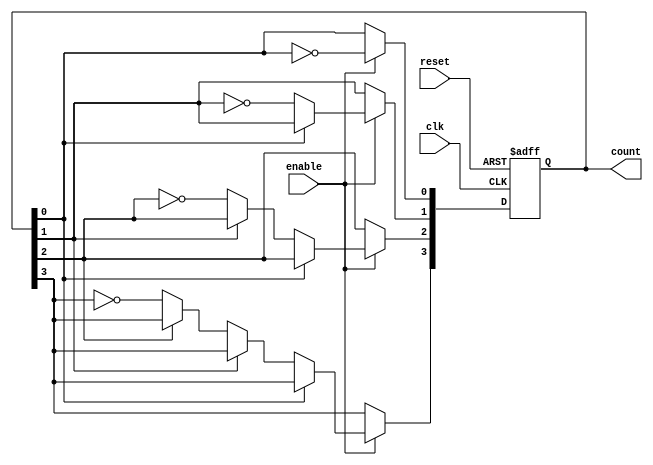
module async_ripple_counter (
    input wire clk,          // Clock signal
    input wire reset,        // Asynchronous reset signal
    input wire enable,       // Enable signal for counting
    output reg [3:0] count   // 4-bit counter output
);

// Always block for the asynchronous reset and counting
always @(posedge clk or posedge reset) begin
    if (reset) begin
        count <= 4'b0000;   // Reset the counter to 0
    end else if (enable) begin
        // Ripple counting logic
        count[0] <= ~count[0]; // Toggle the least significant bit
        if (count[0] == 1'b0) begin
            count[1] <= ~count[1]; // Toggle the second bit if LSB goes from 1 to 0
            if (count[1] == 1'b0) begin
                count[2] <= ~count[2]; // Toggle the third bit if second bit goes from 1 to 0
                if (count[2] == 1'b0) begin
                    count[3] <= ~count[3]; // Toggle the most significant bit if third bit goes from 1 to 0
                end
            end
        end
    end
end

endmodule